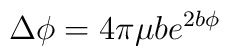
\Delta\phi=4\pi\mu be^{2b\phi}